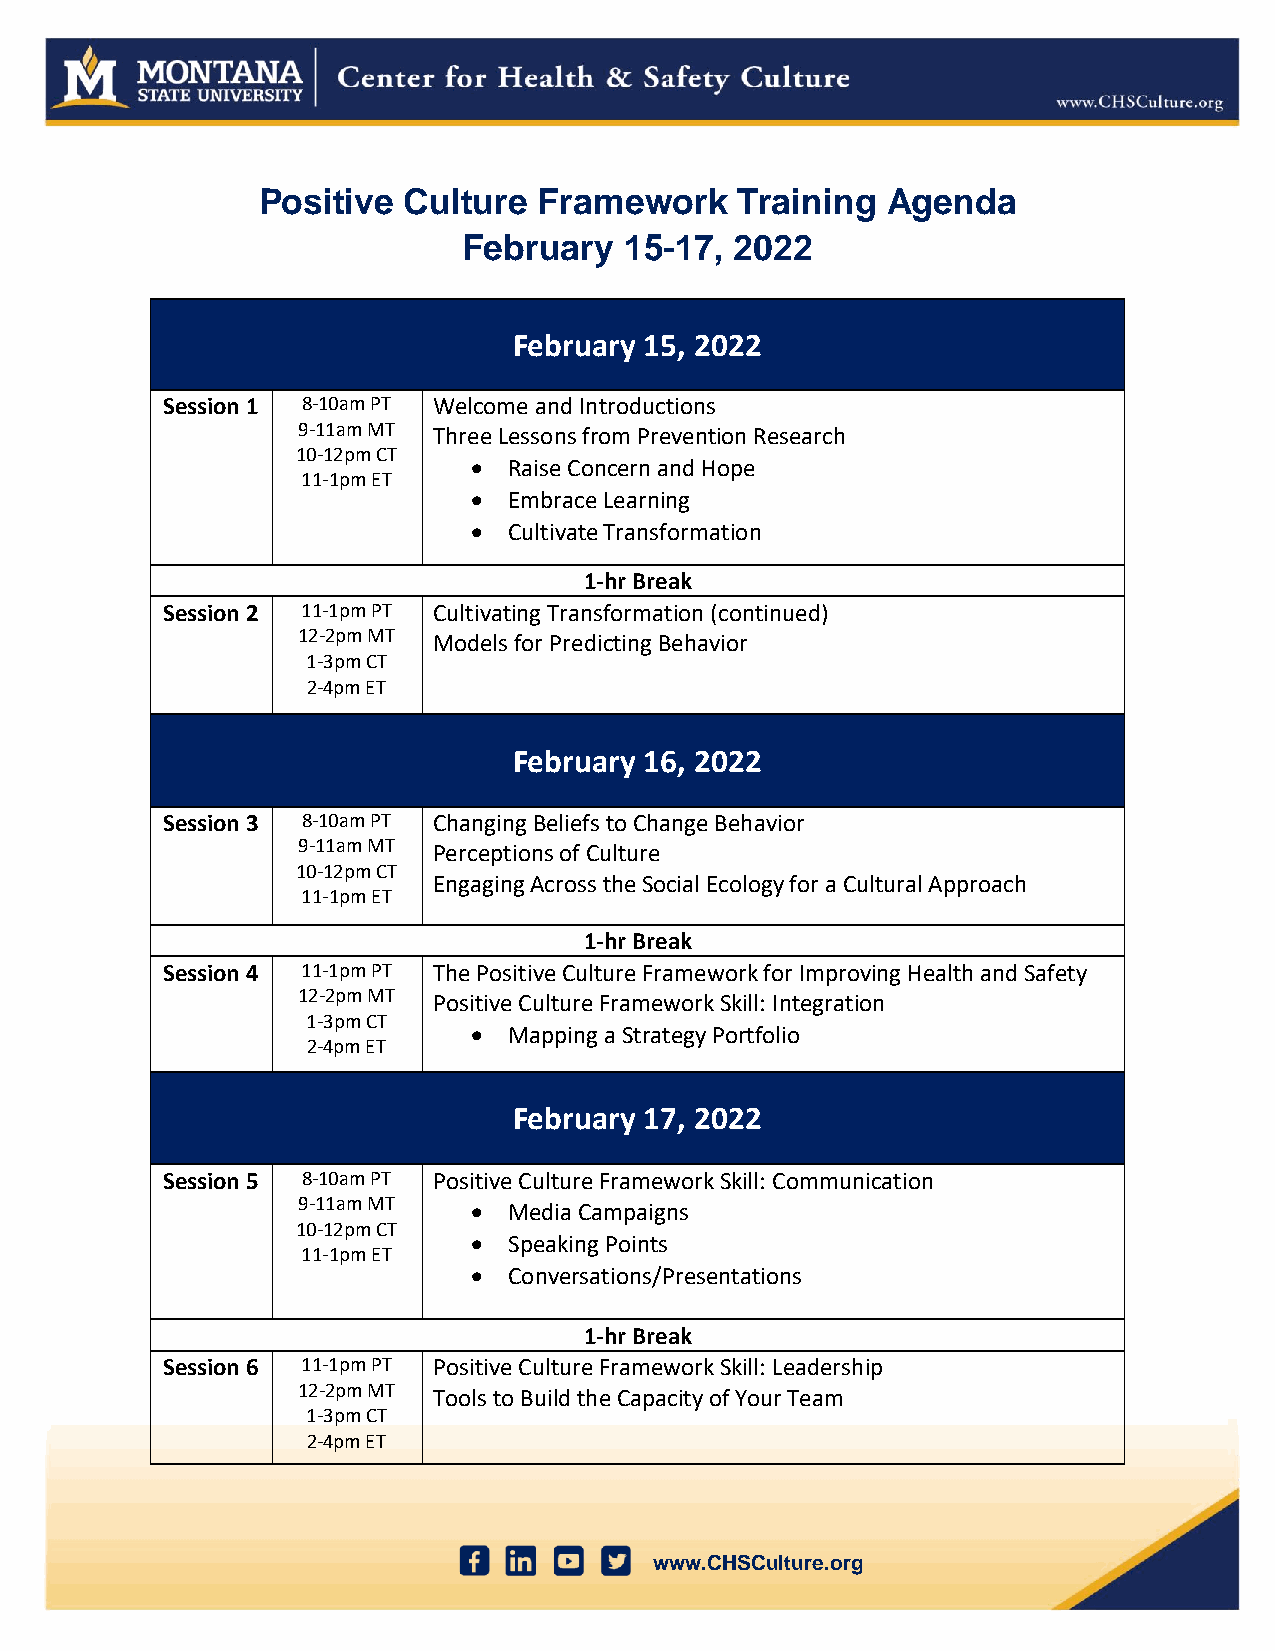
Positive  Culture  Framework    Training  Agenda
 February  15-17,  2022
 February 15, 2022
 Session 1 8-10am PT Welcome and Introductions
 9-11am MT Three Lessons from Prevention Research
 10-12pm CT
 •  Raise Concern and Hope
 11-1pm ET
 •  Embrace Learning
 •  Cultivate Transformation
 1-hr Break
 Session 2 11-1pm PT Cultivating Transformation (continued)
 12-2pm MT Models for Predicting Behavior
 1-3pm CT
 2-4pm ET
 February 16, 2022
 Session 3 8-10am PT Changing Beliefs to Change Behavior
 9-11am MT Perceptions of Culture
 10-12pm CT
 Engaging Across the Social Ecology for a Cultural Approach
 11-1pm ET
 1-hr Break
 Session 4 11-1pm PT The Positive Culture Framework for Improving Health and Safety
 12-2pm MT Positive Culture Framework Skill: Integration
 1-3pm CT
 •  Mapping a Strategy Portfolio
 2-4pm ET
 February 17, 2022
 Session 5 8-10am PT Positive Culture Framework Skill: Communication
 9-11am MT  •  Media Campaigns
 10-12pm CT
 •  Speaking Points
 11-1pm ET
 •  Conversations/Presentations
 1-hr Break
 Session 6 11-1pm PT Positive Culture Framework Skill: Leadership
 12-2pm MT Tools to Build the Capacity of Your Team
 1-3pm CT
 2-4pm ET
 www.CHSCulture.org